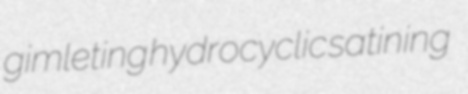
gimleting hydrocyclic satining